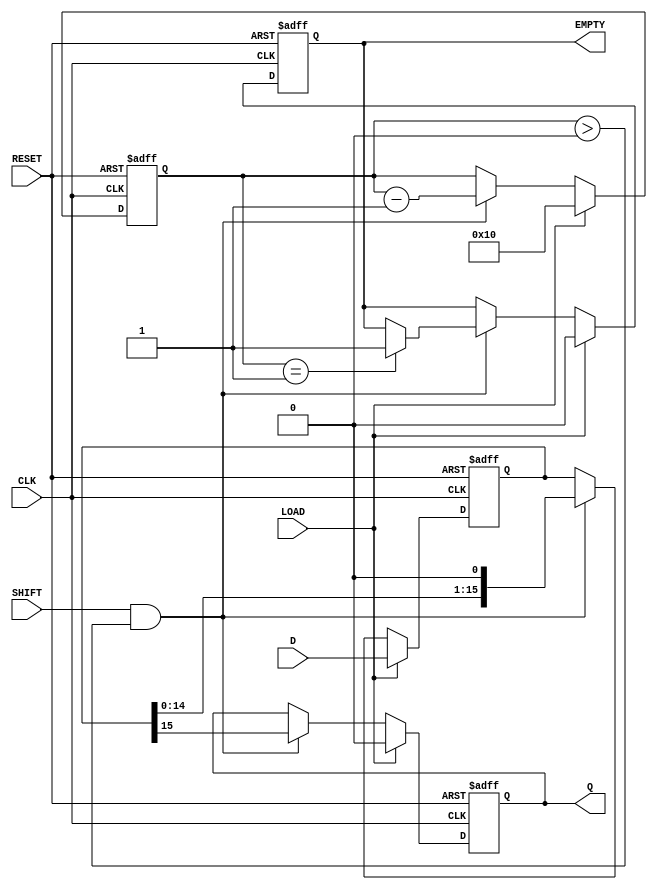
module PISO_Register (
    input  wire [15:0] D,      // 16-bit input data bus
    input  wire LOAD,          // Control signal to load data
    input  wire SHIFT,         // Control signal to shift data out
    input  wire CLK,           // Clock signal
    input  wire RESET,         // Asynchronous reset signal
    output reg  Q,             // Serial output
    output reg  EMPTY          // Flag indicating if the register is empty
);

    // Internal register to hold the 16-bit data
    reg [15:0] shift_reg;
    reg [4:0] count; // Counter to track the number of bits shifted out

    // Asynchronous reset and loading data
    always @(posedge CLK or posedge RESET) begin
        if (RESET) begin
            shift_reg <= 16'b0; // Clear the register
            Q <= 1'b0;          // Clear the serial output
            EMPTY <= 1'b1;      // Register is empty
            count <= 5'b0;      // Clear the count
        end else if (LOAD) begin
            shift_reg <= D;     // Load data into the register
            Q <= 1'b0;          // Reset serial output
            EMPTY <= 1'b0;      // Register is not empty
            count <= 5'd16;     // Set count to indicate 16 bits loaded
        end else if (SHIFT && count > 0) begin
            Q <= shift_reg[15]; // Shift out the MSB
            shift_reg <= shift_reg << 1; // Shift left
            count <= count - 1; // Decrement the count
            if (count == 1) begin
                EMPTY <= 1'b1;  // Set EMPTY flag when last bit is shifted
            end
        end
    end

endmodule